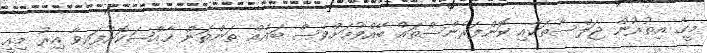
މީގެ އިތުރުން ޖަލްސާތަކާއި ކޮންފަރެންސްތައް ބޭއްވުމަށްވެސް ބައެއް ތަންތަން ޚާއްޞަކޮށްފައިވާ އިރު މިއީ